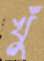
খুঁ